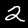
Digit: 2